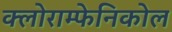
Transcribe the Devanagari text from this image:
क्लोराम्फेनिकोल